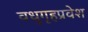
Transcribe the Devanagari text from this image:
वधुगृहप्रवेश